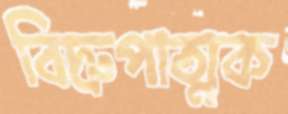
বিদ্রুপাত্মক